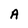
Character: A